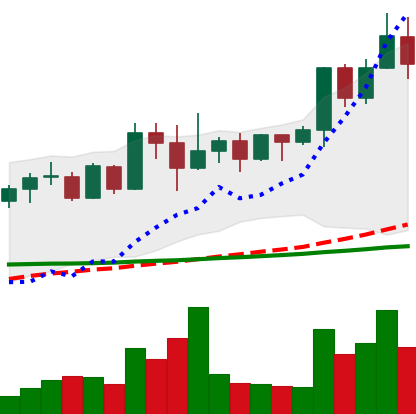
Ticker: XMR-USD
Chart end date: 2022-04-22
Forward return: -14.405%
Label: down_7plus